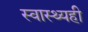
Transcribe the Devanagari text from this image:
स्वास्थ्यही